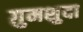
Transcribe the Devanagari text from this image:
ग़ुमशुदा